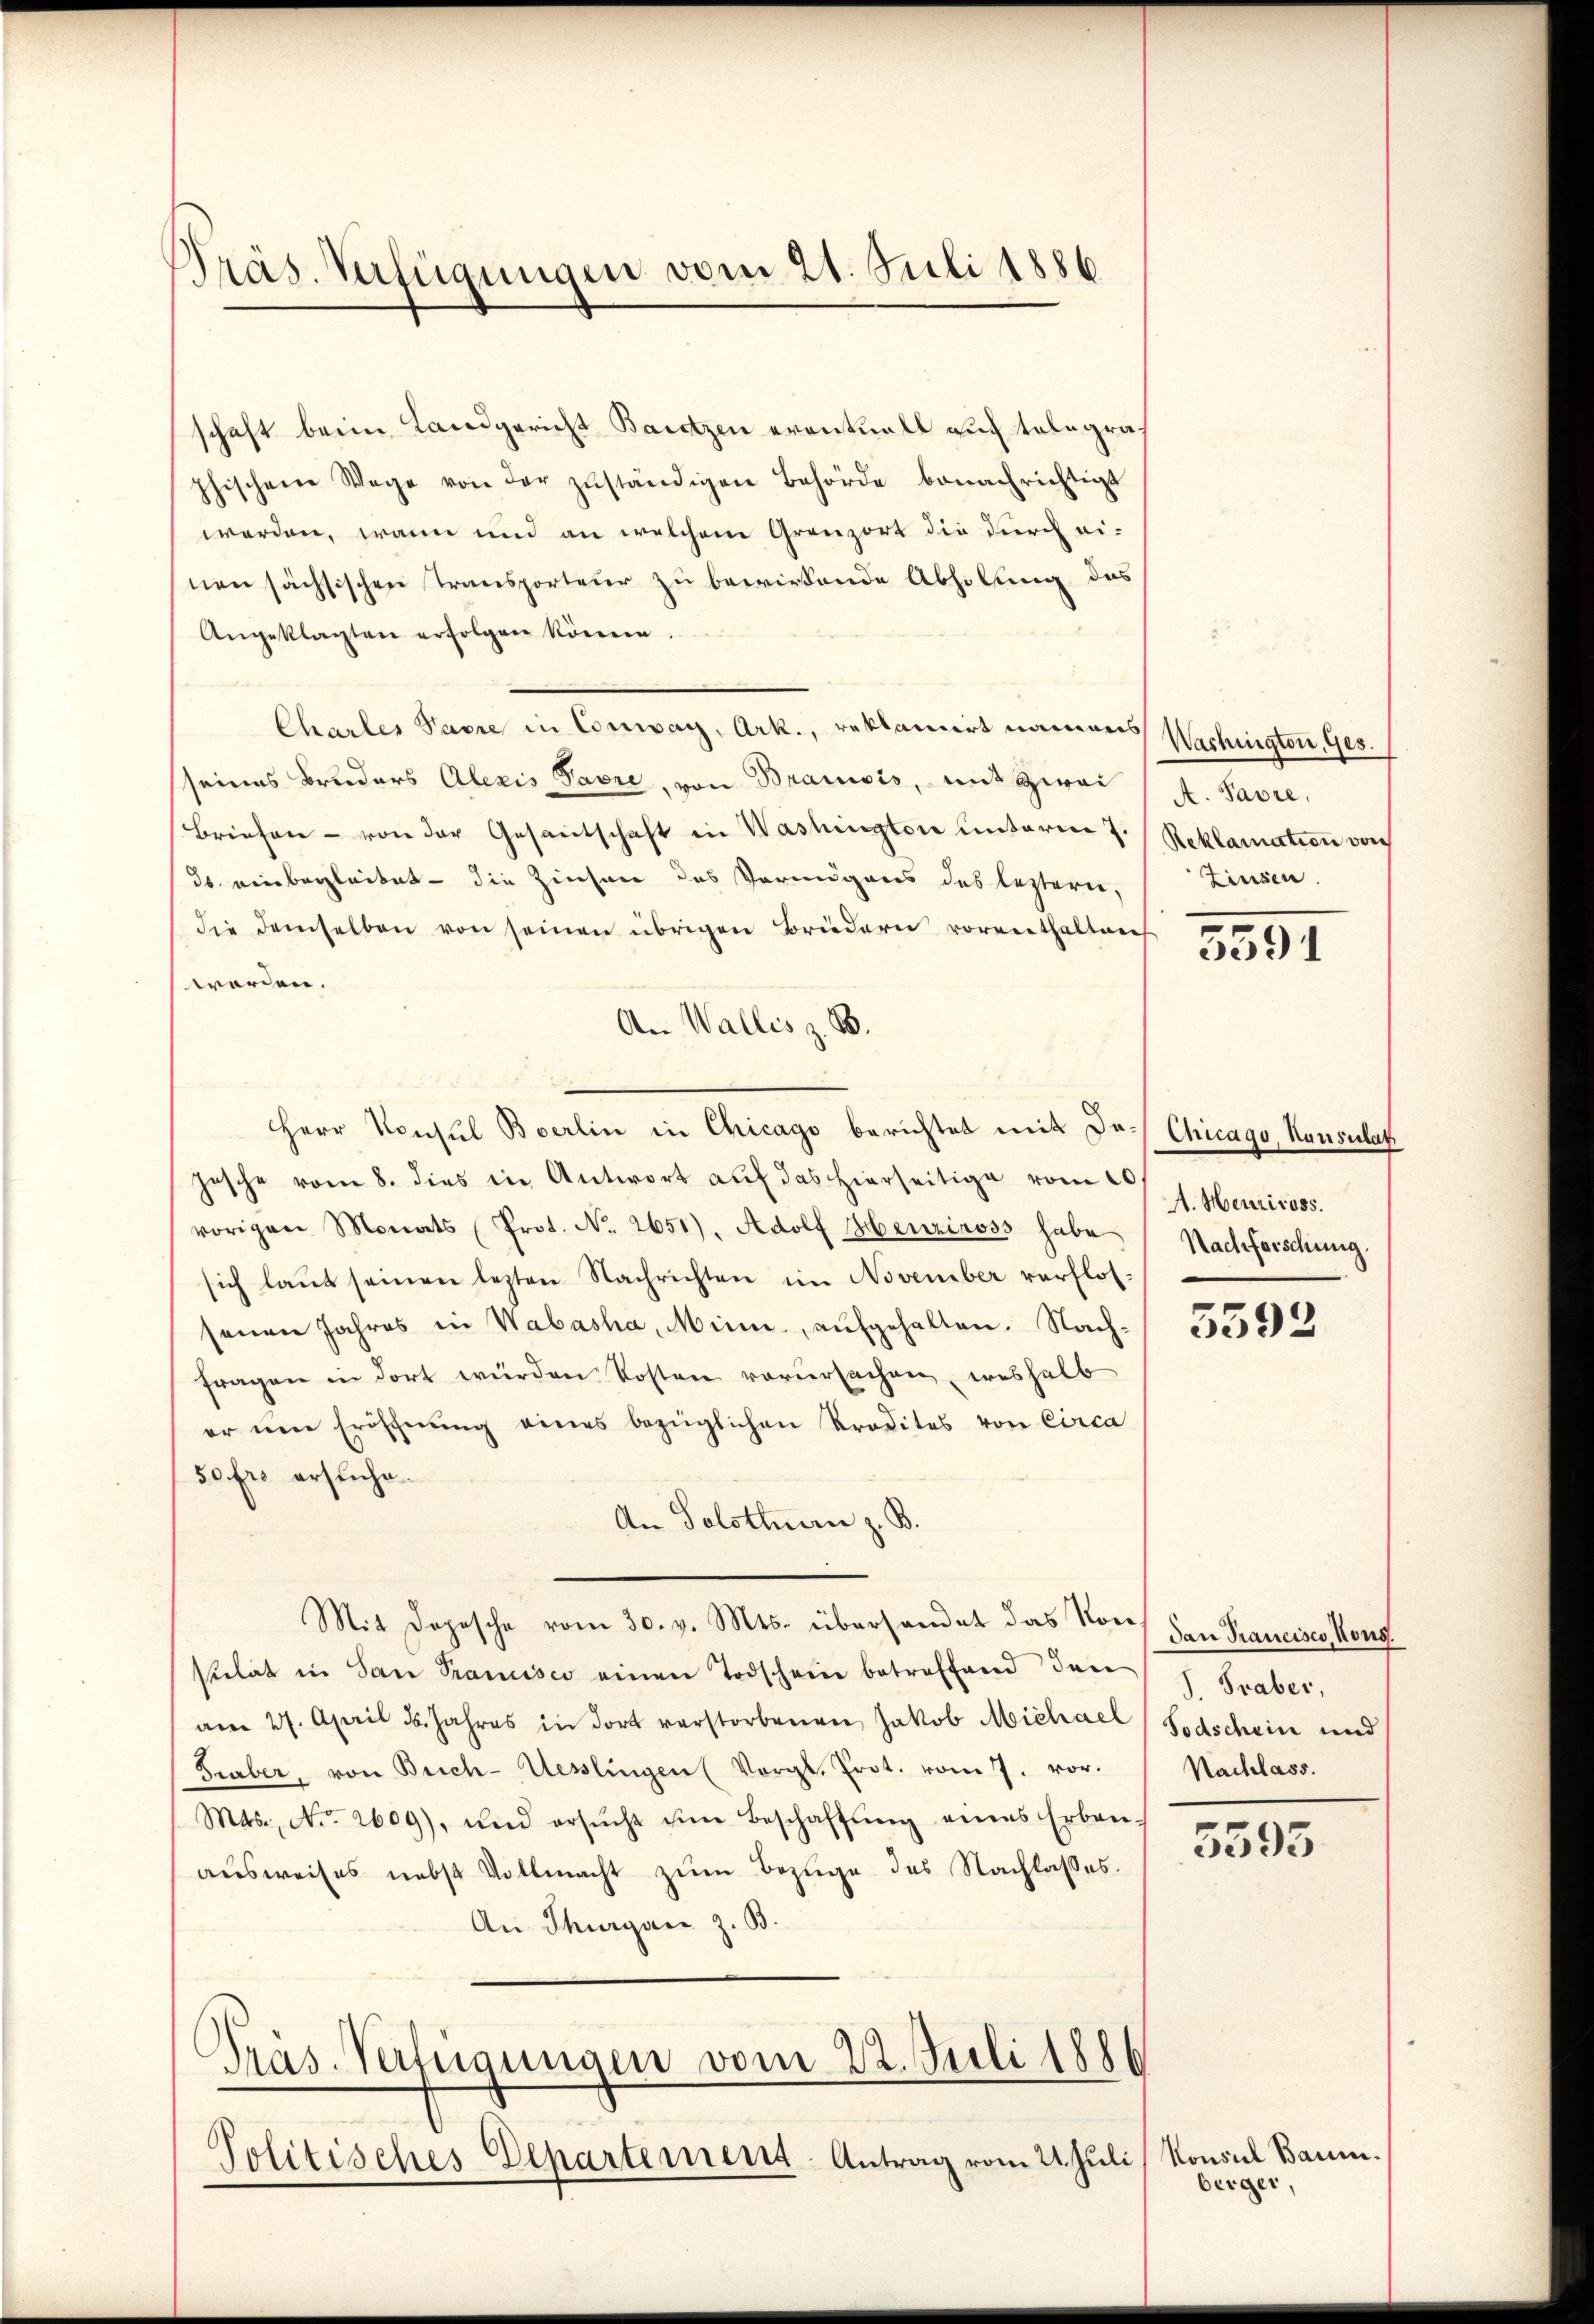
Präs. Verfügungen vom 21. Juli 1886

schaft beim Landgericht Basetzen eventuell auf telegraf
phischen Wege von der zŭständigen Behörde benachrichtigt
werden, wann und an welchem Grenzort die durch einen sächsischen Transporteur zu bewirkende Abholung des
Angeklagten erfolgen könne.
Chartes Parre in Corsway, Ark., reklamirt namens
sseines Bruders Alexis Favre, von Braunis, mit zwei
briefen - von der Gesantschaft in Washington unterm 7. Reklamation von
ds. einbegleitet – die Zinsen des Vermögens des leztern,
die demselben von seinen übrigen Brüdern vorenthaltenh
worden.
An Wallis z. B.
Herr Konsul Bverlin in Chicago berichtet mit Jo. Chicago, Hausulat
jesche vom 8. dies in Antwort auf das hierseitige vom 20
vorigen Monats (Prot. No. 2651), Adolf Menziross habe Nachforschung.
sich laut seinen lezten Nachrichten im November verflos-
senen Jahres in Wabasha, Mini, aufgehalten. Nach-
fragen in dort wurden Kosten verursachen, weshalb
er um Eröschnŭng eines bezüglichen Kredites von Circa
50 frs ersuche.
An Solothurn z. B.
Mit Depesche vom 30. v. Mts. überhandet das Konstulat in San Prancisco einen Todschein betreffend den J. Graber,
am 27. April 15. Jahres in dort verstorbenen Jakob Michael (Sodschein und
Fraber, von Buch-Uesslingen (Vergl. Prot. vom 7. vor.
Mas., No. 2609), und ersŭcht im Beschaffŭng eines Erban-
ausweises nebst Vollmacht zum Bezüge des Nachlasses.
An Thurgane z. B.

Präs.-Verfügungen vom 22. Juli 188
Politisches Departement-Antrag vom 24. Juli

Washington, Ges.
A. Pavre,
Zinsen.

3591

A. Heuricoss.

5592

dan Trancisco, Nons.
Nachlass.

5595

Konsul Baumberger,